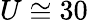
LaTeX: U\cong 30